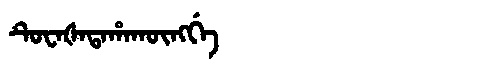
Manchu: ᡨᡠᠸᠠᡧᠠᡨᠠᡥᠠᡴᡡᠩᡤᡝ
Romanization: TUWAŠATAHAKŪNGGE